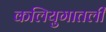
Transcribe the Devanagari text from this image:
कलियुगातली